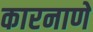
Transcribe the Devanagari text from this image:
कारनाणे